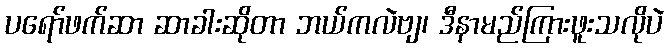
ပရော်ဖက်ဆာ ဆာခါးဆိုတာ ဘယ်ကလဲဗျ၊ ဒီနာမည်ကြားဖူးသလိုပဲ